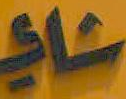
شادي